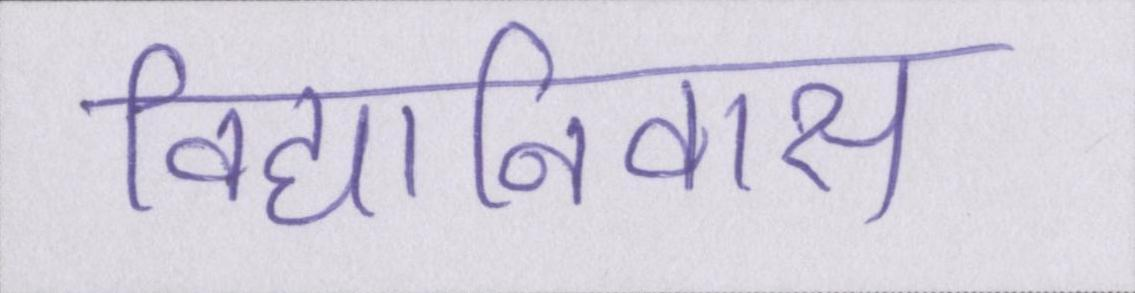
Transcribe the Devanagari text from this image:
विद्यानिवास